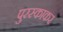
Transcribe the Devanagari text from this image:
पुरस्काकर